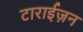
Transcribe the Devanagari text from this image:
टाराईज़न